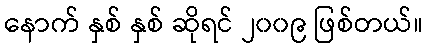
နောက် နှစ် နှစ် ဆိုရင် ၂၀၀၉ ဖြစ်တယ်။